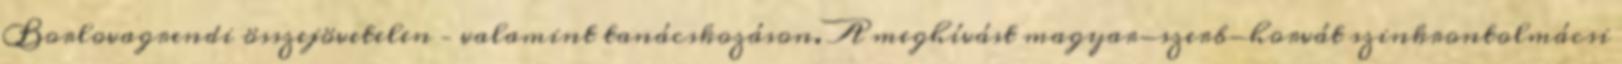
Borlovagrendi összejövetelen – valamint tanácskozáson. A meghívást magyar-szerb-horvát szinkrontolmácsi